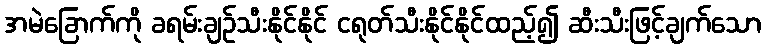
အမဲခြောက်ကို ခရမ်းချဉ်သီးနိုင်နိုင် ငရုတ်သီးနိုင်နိုင်ထည့်၍ ဆီးသီးဖြင့်ချက်သော